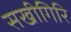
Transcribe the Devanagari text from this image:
सखीगिरि